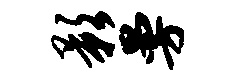
影曼